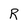
Character: R